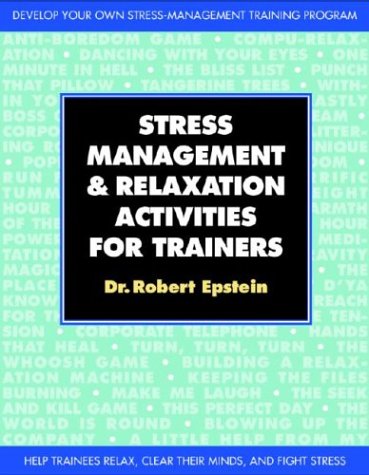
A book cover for Stress-Management and Relaxation Activities for Trainers; Robert Epstein; Business & Money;